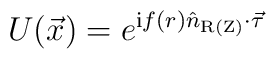
U(\vec x) = e^{ \mathrm{i} f(r) \hat n_{\mathrm{R(Z)}}\cdot\vec\tau}